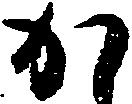
か